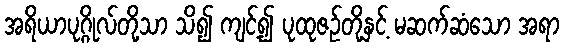
အရိယာပုဂ္ဂိုလ်တို့သာ သိ၍ ကျင့်၍ ပုထုဇဉ်တို့နှင့် မဆက်ဆံသော အရာ